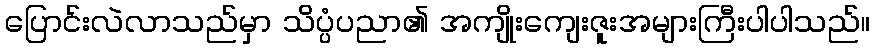
ပြောင်းလဲလာသည်မှာ သိပ္ပံပညာ၏ အကျိုးကျေးဇူးအများကြီးပါပါသည်။